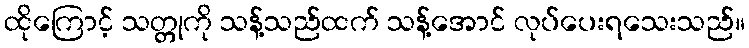
ထိုကြောင့် သတ္တုကို သန့်သည်ထက် သန့်အောင် လုပ်ပေးရသေးသည်။